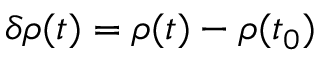
\delta \rho ( t ) = \rho ( t ) - \rho ( t _ { 0 } )